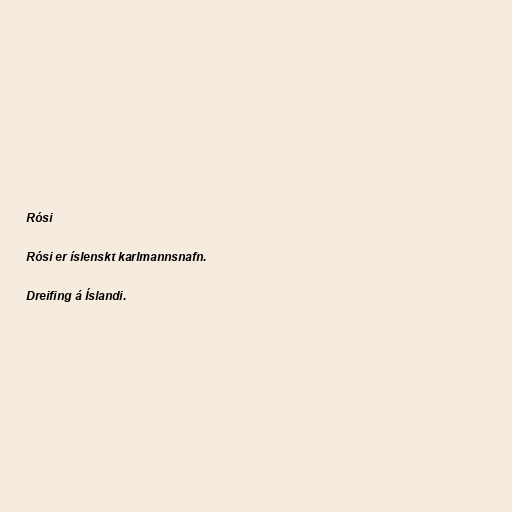
Rósi

Rósi er íslenskt karlmannsnafn.

Dreifing á Íslandi.